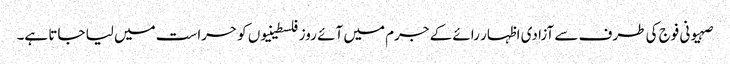
صہیونی فوج کی طرف سے آزادی اظہار رائے کے جرم میں آئے روز فلسطینیوں کو حراست میں لیا جاتا ہے۔